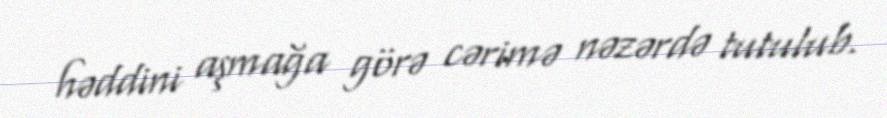
həddini aşmağa görə cərimə nəzərdə tutulub.